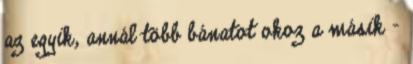
az egyik, annál több bánatot okoz a másik –